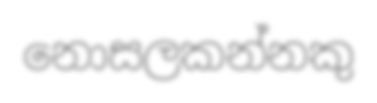
නොසලකන්නකු